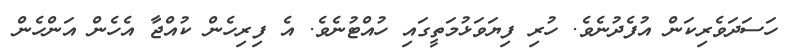
ހަސަދަވެރިކަން އުފެދުނެވެ. ހުރި ފިޔަވަޅުމަތީގައި ހުއްޓުނެވެ. އެ ފިރިހެން ކުއްޖާ އެހެން އަންހެން